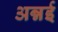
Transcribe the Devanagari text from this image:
अन्नई